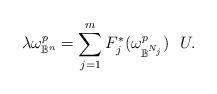
LaTeX: \begin{align*}\lambda \omega^p_{\mathbb{B}^n}=\sum_{j=1}^{m}F_j^*(\omega^p_{\mathbb{B}^{N_j}})~~U.\end{align*}